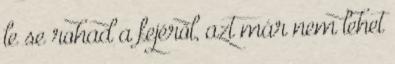
le se rohad a fejéről, azt már nem lehet